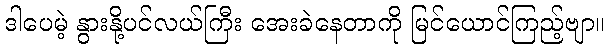
ဒါပေမဲ့ နွားနို့ပင်လယ်ကြီး အေးခဲနေတာကို မြင်ယောင်ကြည့်ဗျာ။